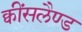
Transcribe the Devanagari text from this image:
क्वींसलैण्ड